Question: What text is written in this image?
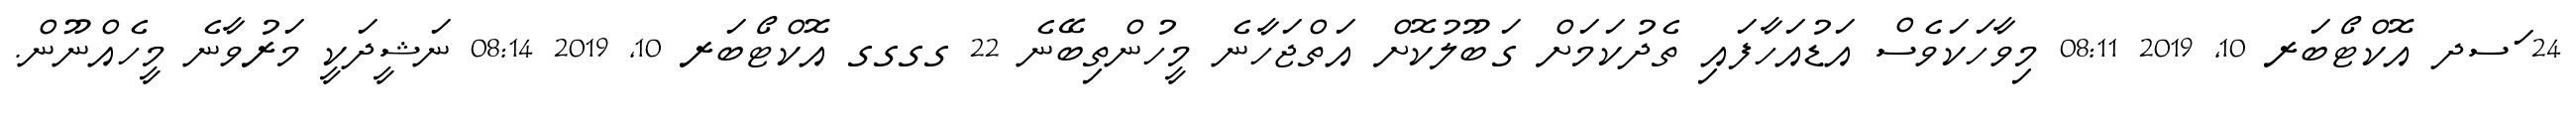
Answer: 24 ަސދ އޮކްޓޯބަރ 10, 2019 08:11 މިވާހަކަވެސް އަޑުއަހާފައި ތެދުކަމަށް ގަބޫލުކޮށް އަތްޖަހާނެ މީހުންތިބޭނެ 22 ގގގގ އޮކްޓޯބަރ 10, 2019 08:14 ނަޝީދަކީ މަރުވާނެ މީހެއްނޫން.